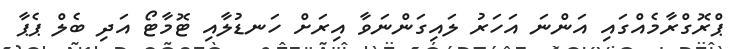
ޕްރޮގްރާމެއްގައި އަންނަ އަހަރު ލައިގަންނަވާ އިރަށް ހަނޑުލާއި ޓޮމާޓޯ އަދި ބެލް ޕެޕާ